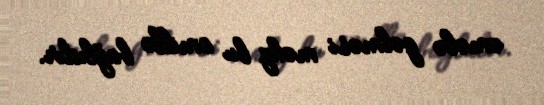
əmələ gəlməsi məhz bu amillə bağlıdır.